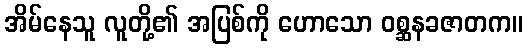
အိမ်နေသူ လူတို့၏ အပြစ်ကို ဟောသော ဝစ္ဆနခဇာတက။